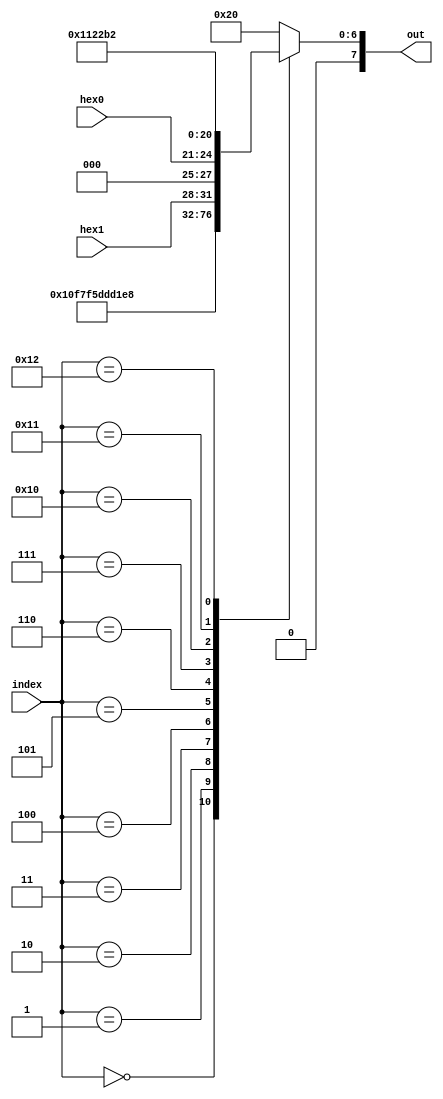
module LCD_display_string(index,out,hex0,hex1);
	input [4:0] index;
	input [3:0] hex0,hex1;
	output [7:0] out;
	reg [7:0] out;
	// ASCII hex values for LCD Display
	// Enter Live Hex Data Values from hardware here
	// LCD DISPLAYS THE FOLLOWING:
	//----------------------------
	//| Count=XX                  |
	//| DE2                       |
	//----------------------------
	// Line 1
		always 
		  case (index)
		 5'h00: out <= 8'h43;
		 5'h01: out <= 8'h6F;
		 5'h02: out <= 8'h75;
		 5'h03: out <= 8'h6E;
		 5'h04: out <= 8'h74;
		 5'h05: out <= 8'h3D;
		 5'h06: out <= {4'h0,hex1};
		 5'h07: out <= {4'h0,hex0};
	// Line 2
		 5'h10: out <= 8'h44;
		 5'h11: out <= 8'h45;
		 5'h12: out <= 8'h32;
		 default: out <= 8'h20;
		  endcase
endmodule